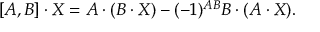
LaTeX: [ A , B ] \cdot X = A \cdot ( B \cdot X ) - ( - 1 ) ^ { A B } B \cdot ( A \cdot X ) .